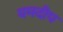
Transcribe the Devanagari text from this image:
यमदीप